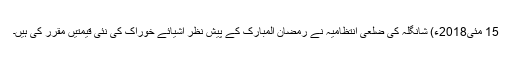
15 مئی2018ء) شانگلہ کی ضلعی انتظامیہ نے رمضان المبارک کے پیش نظر اشیائے خوراک کی نئی قیمتیں مقرر کی ہیں۔